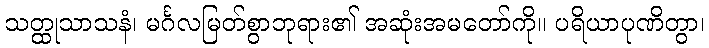
သတ္ထုသာသနံ၊ မင်္ဂလမြတ်စွာဘုရား၏ အဆုံးအမတော်ကို။ ပရိယာပုဏိတွာ၊